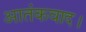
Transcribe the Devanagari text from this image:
आतंकवाद।